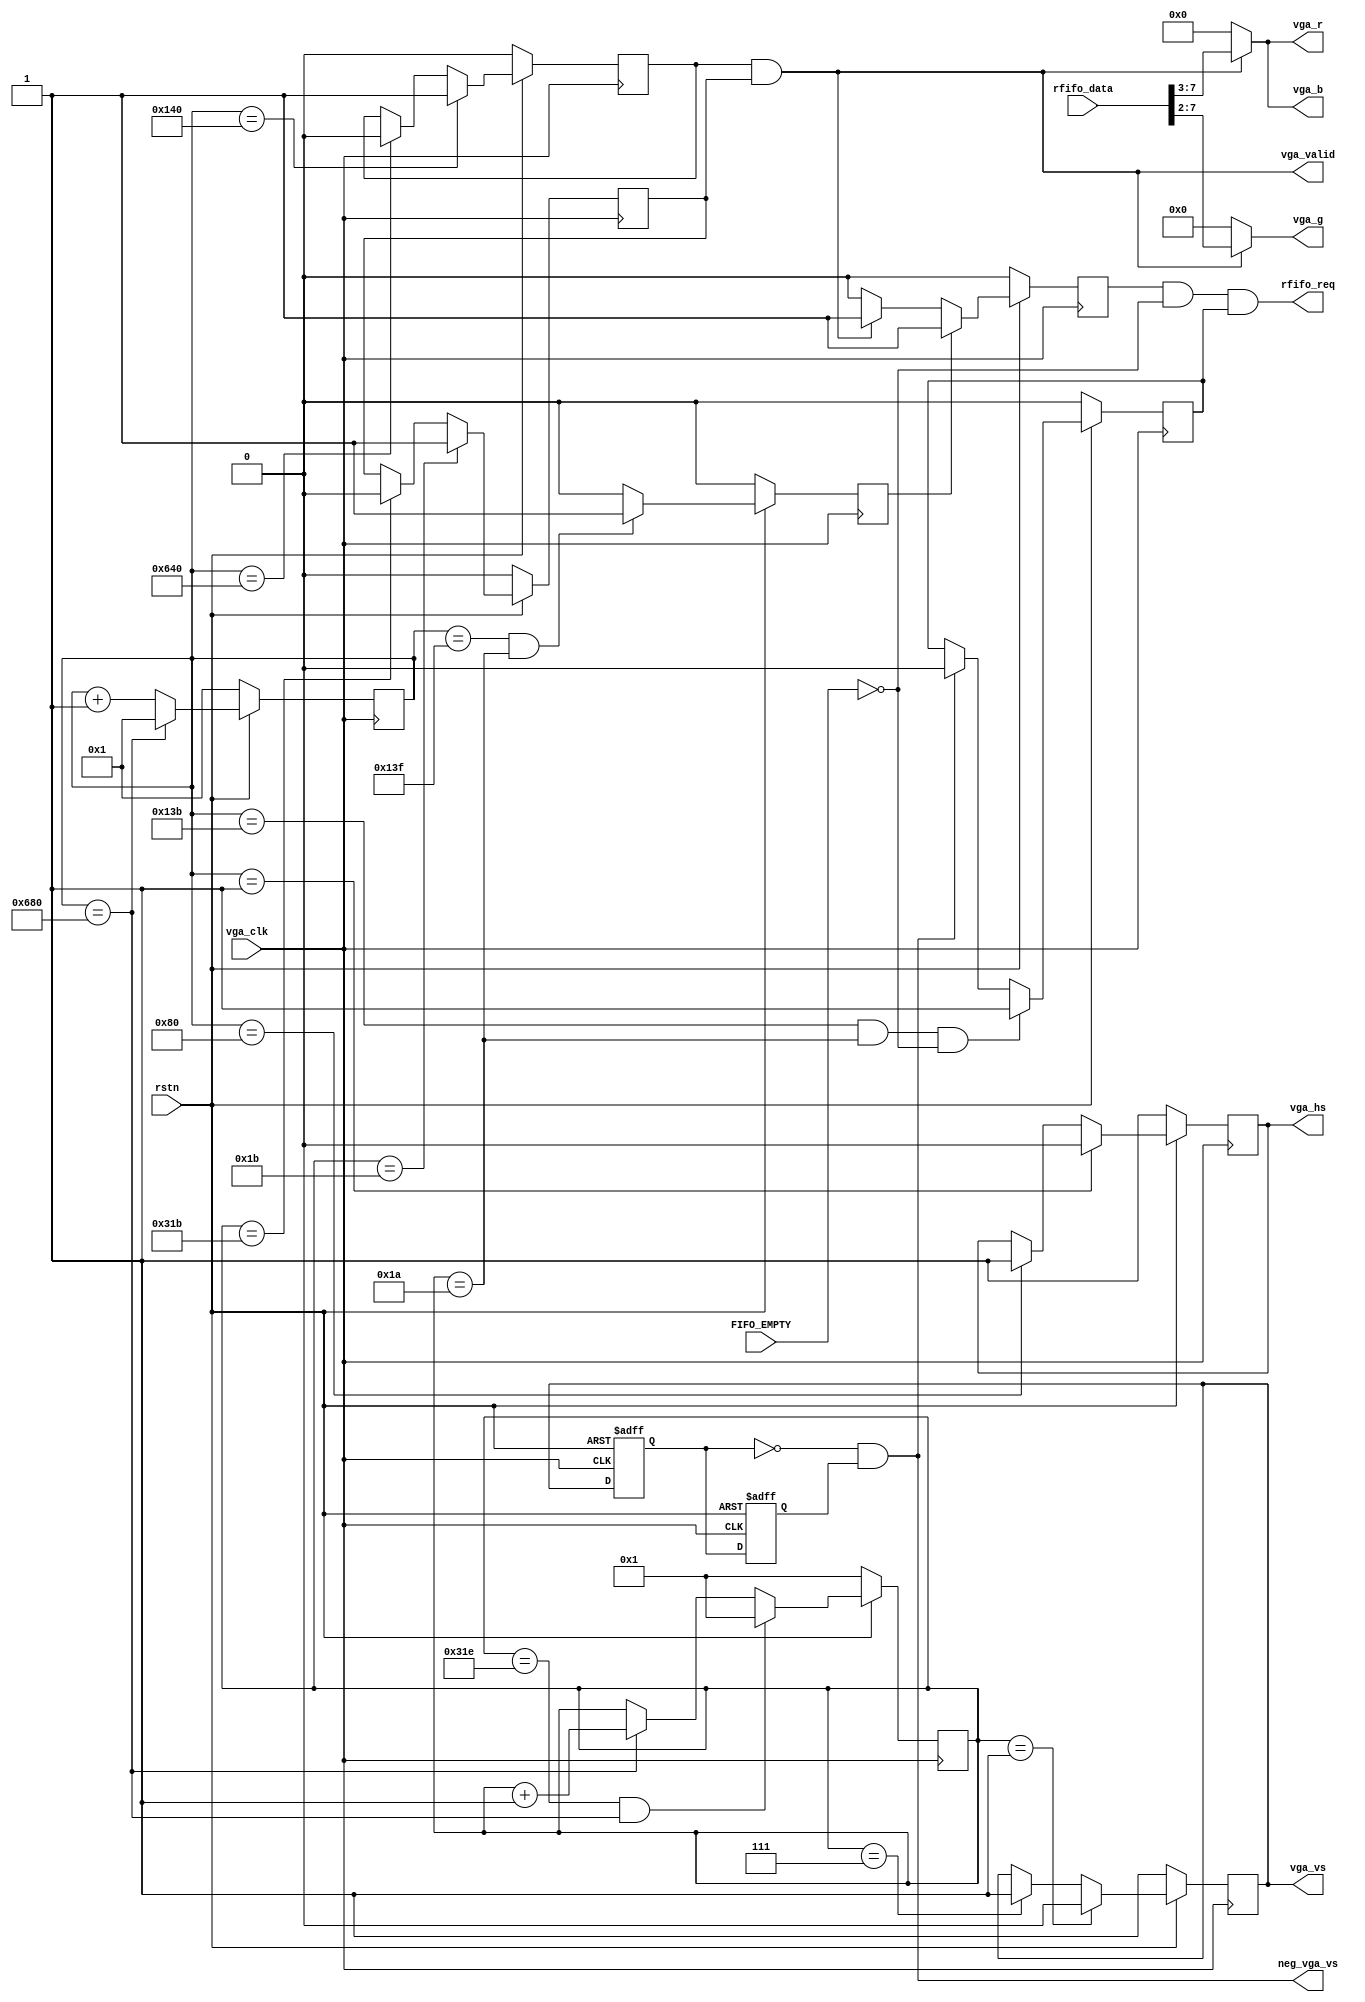
module vga_display(
            input  vga_clk          ,
			input  rstn             ,
			output vga_hs           ,             //行同步信号
			output vga_vs           ,             //列同步信号
			output [4:0] vga_r      ,
			output [5:0] vga_g      ,
			output [4:0] vga_b      ,
            output rfifo_req        ,
            input  [7:0] rfifo_data ,
            input   FIFO_EMPTY      ,
            output  neg_vga_vs      ,            //表征新的一帧图像开始
            output  vga_valid
//          output  vga_rd_done_flag          备用
            
    );
//-----------------------------------------------------------//                    
// 水平扫描参数的设定1280*768 VGA 60FPS_79.5MHz                                    
//-----------------------------------------------------------//                    
`ifndef simulate
parameter LinePeriod =1664;            //行周期数                                 
parameter H_SyncPulse=128;             //行同步脉冲（Sync a）                     
parameter H_BackPorch=192;            //显示后沿（Back porch b）192               
parameter H_ActivePix=1280;            //显示时序段（Display interval c）         
parameter H_FrontPorch=64;            //显示前沿（Front porch d）64               
parameter Hde_start=320;                                                            
parameter Hde_end=1600;                                                             
//-----------------------------------------------------------//                     
// 垂直扫描参数的设定1280*768 VGA 60FPS_79.5MHz                                     
//-----------------------------------------------------------//                     
parameter FramePeriod =798;           //列周期数                                    
parameter V_SyncPulse=7;              //列同步脉冲（Sync o）                        
parameter V_BackPorch=20;             //显示后沿（Back porch p）20                  
parameter V_ActivePix=768;            //显示时序段（Display interval q）            
parameter V_FrontPorch=3;             //显示前沿（Front porch r）3                  
parameter Vde_start=27;               //27                                          
parameter Vde_end=795;                //实际显示798-3                               
`else
//-----------------------------------------------------------//
// 水平扫描参数的设定   1280*800 60hz 83.46MHZ                 
////-----------------------------------------------------------//
//parameter LinePeriod =1680;            //行周期数
//parameter H_SyncPulse=136;             //行同步，VGA显示器所需的行同步脉冲数（Sync a）
//parameter H_BackPorch=200;             //显示后沿（Back porch b）
//parameter H_ActivePix=1280;            //显示时序段（Display interval c）
//parameter H_FrontPorch=64;             //显示前沿（Front porch d）
//parameter Hde_start=336;
//parameter Hde_end=1616;
//
//////-----------------------------------------------------------//
////// 垂直扫描参数的设定  1280*800 60Hz VGA
//////-----------------------------------------------------------//
//parameter FramePeriod =828;           //列周期数
//parameter V_SyncPulse=3;              //列同步，VGA显示器所需的列同步脉冲数（Sync o）
//parameter V_BackPorch=24;             //显示后沿（Back porch p）
//parameter V_ActivePix=800;            //显示时序段（Display interval q）
//parameter V_FrontPorch=1;             //显示前沿（Front porch r）
//parameter Vde_start=27;               //27+16 
//parameter Vde_end=827;                //827-16 811
//-----------------------------------------------------------//
// 水平扫描参数的设定   1280*800 60hz 83.46MHZ                 
////-----------------------------------------------------------//
//parameter LinePeriod =1680;            //行周期数
//parameter H_SyncPulse=136;             //行同步，VGA显示器所需的行同步脉冲数（Sync a）
//parameter H_BackPorch=200;             //显示后沿（Back porch b）
//parameter H_ActivePix=1280;            //显示时序段（Display interval c）
//parameter H_FrontPorch=64;             //显示前沿（Front porch d）
//parameter Hde_start=336;
//parameter Hde_end=1616;
//
//////-----------------------------------------------------------//
////// 垂直扫描参数的设定  1280*800 60Hz VGA
//////-----------------------------------------------------------//
//parameter FramePeriod =828;           //列周期数
//parameter V_SyncPulse=3;              //列同步，VGA显示器所需的列同步脉冲数（Sync o）
//parameter V_BackPorch=24;             //显示后沿（Back porch p）
//parameter V_ActivePix=800;            //显示时序段（Display interval q）
//parameter V_FrontPorch=1;             //显示前沿（Front porch r）
//parameter Vde_start=42;               //27+16 
//parameter Vde_end=811;                //827-16 811
//-----------------------------------------------------------//
// 水平扫描参数的设定        TB    64*48
//-----------------------------------------------------------//

parameter LinePeriod =75;            //行周期数
parameter H_SyncPulse=4;             //行同步，VGA显示器所需的行同步脉冲数（Sync a）
parameter H_BackPorch=5;             //显示后沿（Back porch b）
parameter H_ActivePix=64;            //显示时序段（Display interval c）
parameter H_FrontPorch=2;             //显示前沿（Front porch d）
parameter Hde_start=9;
parameter Hde_end=73;

//-----------------------------------------------------------//
// 垂直扫描参数的设定       TB  
//-----------------------------------------------------------//
parameter FramePeriod =59;           //列周期数
parameter V_SyncPulse=4;             //列同步，VGA显示器所需的列同步脉冲数（Sync o）
parameter V_BackPorch=5;             //显示后沿（Back porch p）
parameter V_ActivePix=48;            //显示时序段（Display interval q）
parameter V_FrontPorch=2;             //显示前沿（Front porch r）
parameter Vde_start=9;               //27+24 实际显示720
parameter Vde_end=57;                //51+720个实际显示720
`endif
//-----------------------------------------------------------//
//-----------------------------------------------------------//
  reg[10 : 0] x_cnt;
  reg[9 : 0]  y_cnt;
  reg hsync_r;
  reg vsync_r; 
  reg hsync_de;
  reg vsync_de;
  reg vga_vs_d0,vga_vs_d1;
  reg first_word_flag ;
//----------------------------------------------------------------
////////// 水平扫描计数
//----------------------------------------------------------------
always @ (posedge vga_clk)
       if(~rstn)    x_cnt <= 11'd1;             
       else if(x_cnt == LinePeriod) x_cnt <= 11'd1;
       else x_cnt <= x_cnt+ 11'd1;
		 
//----------------------------------------------------------------
////////// 水平扫描信号hsync,hsync_de产生
//----------------------------------------------------------------
always @ (posedge vga_clk)
   begin
       if(~rstn) hsync_r <= 1'b1;                      //低电平有效
       else if(x_cnt == 1) hsync_r <= 1'b0;            //产生hsync信号 136
       else if(x_cnt == H_SyncPulse) hsync_r <= 1'b1;  
		
	    if(~rstn) hsync_de <= 1'b0;
       else if(x_cnt == Hde_start) hsync_de <= 1'b1;   //产生hsync_de信号
       else if(x_cnt == Hde_end) hsync_de <= 1'b0;	
	end

//----------------------------------------------------------------
////////// 垂直扫描计数
//----------------------------------------------------------------
always @ (posedge vga_clk)
       if(~rstn) y_cnt <= 10'd1;
       else if((y_cnt == FramePeriod)&&(x_cnt == LinePeriod)) y_cnt <= 10'd1;
       else if(x_cnt == LinePeriod) y_cnt <= y_cnt+10'd1;

//----------------------------------------------------------------
////////// 垂直扫描信号vsync, vsync_de产生
//----------------------------------------------------------------
always @ (posedge vga_clk)
  begin
       if(~rstn) vsync_r <= 1'b1;
       else if(y_cnt == 1) vsync_r <= 1'b0;    //产生vsync信号
       else if(y_cnt == V_SyncPulse) vsync_r <= 1'b1;
		
	    if(~rstn) vsync_de <= 1'b0;
       else if(y_cnt == Vde_start) vsync_de <= 1'b1;    //产生vsync_de信号
       else if(y_cnt == Vde_end) vsync_de <= 1'b0;	 
  end
//----------------------------------------------------------------
////////// 一帧图像之前提前产生一个ddr读数据
//---------------------------------------------------------------- 
reg first_read ;
always @(posedge vga_clk)
begin
   if (rstn==1'b0) begin
	    first_read<=1'b0;
     end
   else begin
       if ((x_cnt==Hde_start-1'b1) && (y_cnt==Vde_start-1'b1)) //一帧提前产生一个VGA显示数据
	        first_read<=1'b1;
	   else
		    first_read<=1'b0;
	   end
end
//----------------------------------------------------------------
////////// ddr读请求信号产生程序, 8bit 1像素的DDR数据转成2个像素输出
//---------------------------------------------------------------- 
always @(posedge vga_clk)
begin
    if (rstn==1'b0) begin
	    first_word_flag<=1'b0;
     end
    else begin
        if ((x_cnt==Hde_start-3'd5)&&(y_cnt==Vde_start-1'b1)&&~FIFO_EMPTY) //表示在第一页开始前，FIFO是否已经存到了数据，可以读写。
	        first_word_flag <= 1'b1;
	    else if ( neg_vga_vs ) begin
		    first_word_flag <= 1'b0;
	    end
        else begin
		    first_word_flag <= first_word_flag;
	    end
    end
end
reg ddr_rden;
 always @(negedge vga_clk) begin
    if (rstn==1'b0) begin
	 	ddr_rden<=1'b0;
    end
    else begin
	if (first_read) begin                    //如果vga输出有效的图像数据
	    ddr_rden<=1'b1;
    end
	else if (hsync_de && vsync_de) begin                    //如果vga输出有效的图像数据
	    ddr_rden<=1'b1;
    end
	else begin
	    ddr_rden<=1'b0;
	end
	end
end
    //- neg_vga_vs -------------------------------
    always@(posedge	vga_clk or negedge rstn)
    if(rstn == 1'b0)begin
        vga_vs_d0 <= 1'b0;
        vga_vs_d1 <= 1'b0;
    end
    else begin
        vga_vs_d0 <= vsync_r;               //帧图像结束
        vga_vs_d1 <= vga_vs_d0;
	end 
    

    assign neg_vga_vs = (!vga_vs_d0 && vga_vs_d1);
    assign rfifo_req = ddr_rden&&(~FIFO_EMPTY)&&first_word_flag;
    //assign rfifo_req = ddr_rden&&(~FIFO_EMPTY);
    assign vga_hs = hsync_r;
    assign vga_vs = vsync_r; 
    assign vga_valid = hsync_de && vsync_de ;    
    assign vga_r = vga_valid?rfifo_data[7:3]:5'b00000 ;
    assign vga_g = vga_valid?rfifo_data[7:2]:6'b000000;
    assign vga_b = vga_valid?rfifo_data[7:3]:5'b00000 ;

    //assign vga_rd_done_flag = (y_cnt >= 795)? 1'b1:1'b0; 备用 

    //assign rfifo_req = ~FIFO_EMPTY;
    //assign neg_vga_vs = FIFO_EMPTY;
endmodule